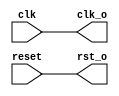
module syscon(input clk, reset,
              output clk_o, rst_o);
assign clk_o = clk;
assign rst_o = reset;

endmodule